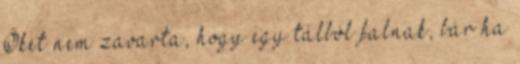
Őket nem zavarta, hogy egy tálból falnak, bár ha